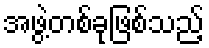
အဖွဲ့တစ်ခုဖြစ်သည့်